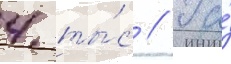
4 ты́с // Га́